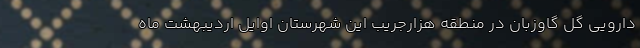
دارویی گل گاوزبان در منطقه هزارجریب این شهرستان اوایل اردیبهشت ماه